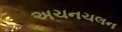
અચનચલન